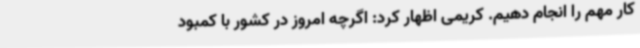
کار مهم را انجام دهیم. کریمی اظهار کرد: اگرچه امروز در کشور با کمبود